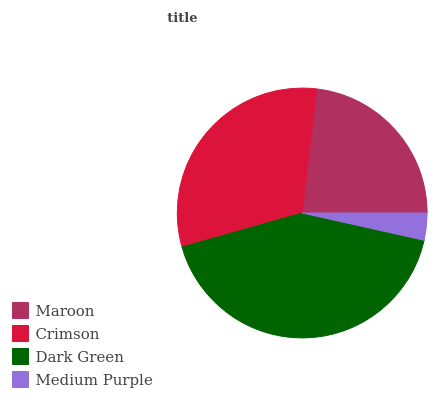
| Maroon | Crimson | Dark Green | Medium Purple |
 | --- | --- | --- | --- |
 | 23.1% | 31.2% | 42.2% | 3.5% |